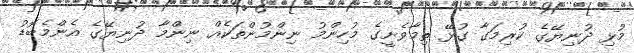
މުޅި ދުނިޔޭގެ ކުރިމަގާ ގުޅޭ ތިމާވެށީގެ މުހިންމު ނިންމުންތަކެއް ނިންމާ ދުނިޔޭގެ އެންމެބޮޑު